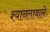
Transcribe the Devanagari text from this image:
श्यानतावाले